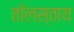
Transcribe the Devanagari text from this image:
तॉलस्ताय